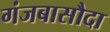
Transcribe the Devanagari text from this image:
गंजबासौदा